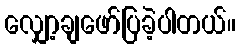
လျှော့ချဖော်ပြခဲ့ပါတယ်။